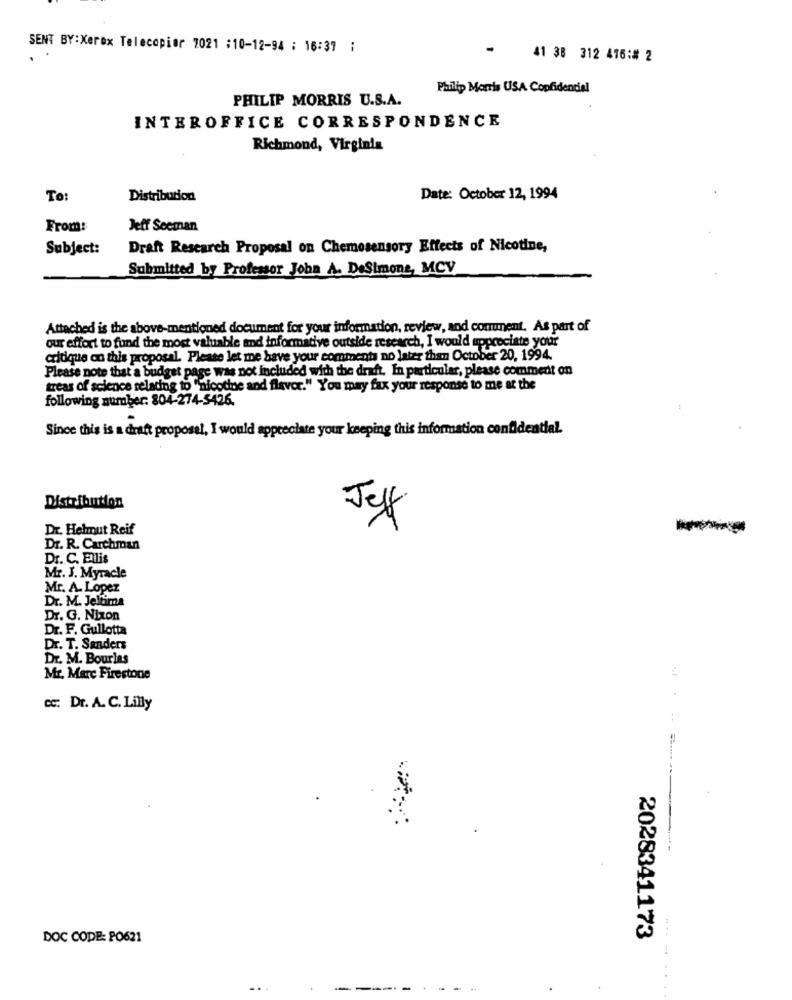
SENT BY:Xerox Telecopier 7021 :10-12-94 : 16:37 ;
41 38 312 476:# 2
Philip Morris USA Confidencial
PHILIP MORRIS U.S.A.
INTEROFFICE CORRESPONDENCE
Richmond, Virginia
To
Distribution
Date: October 12, 1994
From:
Jeff Seeman
Subject:
Draft Research Proposal on Chemosensory Effects of Nicotine,
Submitted by Professor Joba A. DeSimone, MCV
Attached is the above-mentioned document for your information, review, and comment. As part of
our effort to fund the most valuable and informative outside research, I would appreciate your
critique on this proposal. Please let me have your comments no later than October 20, 1994.
Please note that a budget page was not included with the draft. In particular, please comment on
treas of science relating to "nicotine and flavor." You may fax your response to me at the
following number: 804-274-5426.
Since this is a draft proposel, I would appreciate your keeping this information confidential.
Distribution
Jeff
Dr. Helmut Reif
Dr. R. Carchman
Dr. C. Ellis
Mr. J. Myracle
Mr. A. Lopez
Dr. M. Jeltima
Dr. G. Nixon
Dr. F. Gullotta
Dr. T. Sanders
Dr. M. Bourlas
Mr. Marc Firestone
cc: Dr. A. C. Lilly
DOC CODE: PO621
2028341173
..
-----